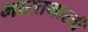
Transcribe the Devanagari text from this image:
भारतभारती